Annual statistical returns and brief notes on vaccination in Bengal - 1909-1929
Year: 1909
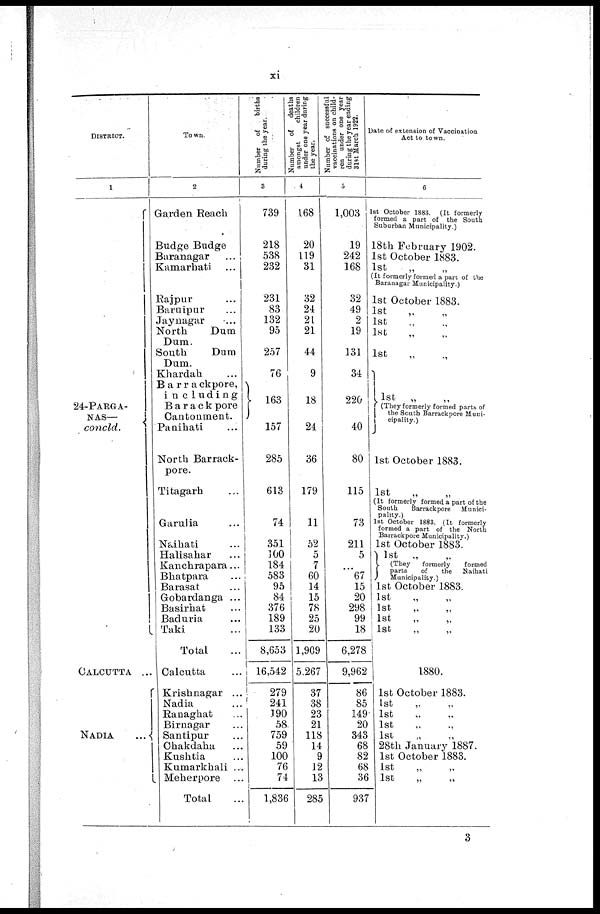
xi
DISTRICT.
1
24-PARGA¬
NAS—
concld.
CALCUTTA ...
NADIA
...
Town.
2
Garden Reach
Budge Budge
Baranagar ...
Kamarhati ...
Rajpur ...
Baruipur ...
Jaynagar ...
North
Dum
Dum.
South
Dum
Dum.
Khardah ...
Barrackpore,
including
Barackpore
Cantonment.
Panihati ...
North Barrack¬
pore.
Titagarh ...
Garulia ...
Naihati ...
Halisahar ...
Kanchrapara...
Bhatpara ...
Barasat ...
Gobardanga ...
Basirhat ...
Baduria ...
Taki ...
Total ...
Calcutta ...
Krishnagar ...
Nadia ...
Ranaghat ...
Birnagar ...
Santipur ...
Chakdaha ...
Kushtia ...
Kumarkhali ...
Meherpore ...
Total ...
Number of
births
during the year.
3
739
218
538
232
231
83
132
95
257
76
163
157
285
613
74
351
100
184
583
95
84
376
189
133
8,653
16,542
279
241
190
58
759
59
100
76
74
1,836
Number of
deaths
amongst
children
under one year during
the year.
4
168
20
119
31
32
24
21
21
44
9
18
24
36
179
11
52
5
7
60
14
15
78
25
20
1,909
5,267
37
38
23
21
118
14
9
12
13
285
Number of successful
vaccinations on child-
ren under one year
during the year ending
31st March 1922.
5
1,003
19
242
168
32
49
2
19
131
34
220
40
80
115
73
211
5
...
67
15
20
298
99
18
6,278
9,962
86
85
149
20
343
68
82
68
36
937
Date of extension of Vaccination
Act to town.
6
1st October 1883. (It formerly
formed a part of the South
Suburban Municipality.)
18th February 1902.
1st October 1883.
1st „ „
(It formerly formed a part of the
Baranagar Municipality.)
1st October 1883.
1st „ „
1st „ „
1st
„ „
1st „ „
1st „ „
(They formerly formed parts of
the South Barrackpore Muni-
cipality.)
1st October 1883.
1st „ „
(It formerly formed a part of the
South
Barrackpore Munici-
pality.)
1st October 1883. (It formerly
formed a part of the North
Barrackpore Municipality.)
1st October 1883.
1st „ „
(They
formerly
formed
parts
of
the Naihati
Municipality.)
1st October 1883.
1st
„
„
1st „ „
1st „ „
1st „ „
1880.
1st October 1883.
1st „ „
1st „ „
1st „ „
1st „ „
28th January 1887.
1st October 1883.
1st
„
„
1st „ „
3